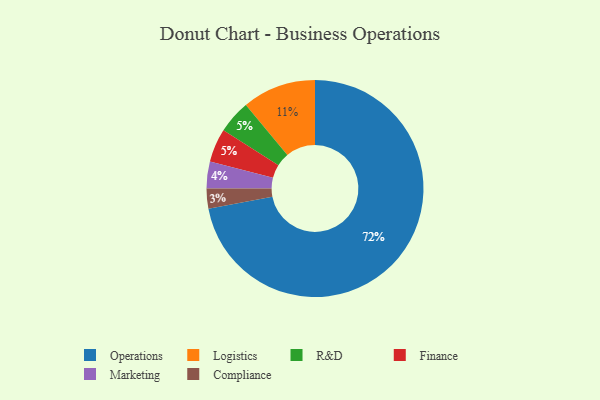
{"axis": {"x": "Category", "y": "Percentage"}, "legend": ["Compliance", "Finance", "Logistics", "Marketing", "Operations", "R&D"], "data": [{"x": "R&D", "y": 5, "type": "R&D"}, {"x": "Logistics", "y": 11, "type": "Logistics"}, {"x": "Operations", "y": 72, "type": "Operations"}, {"x": "Marketing", "y": 4, "type": "Marketing"}, {"x": "Compliance", "y": 3, "type": "Compliance"}, {"x": "Finance", "y": 5, "type": "Finance"}]}